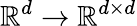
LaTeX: \mathbb{R}^{d}\rightarrow\mathbb{R}^{d\times d}